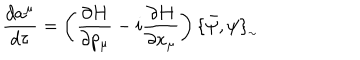
LaTeX: \frac { d a ^ { \mu } } { d \tau } = \left( \frac { \partial H } { \partial p _ { \mu } } - i \frac { \partial H } { \partial x _ { \mu } } \right) \{ \bar { \psi } , \psi \} _ { _ { \sim } }